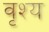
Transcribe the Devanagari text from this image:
वृश्य